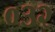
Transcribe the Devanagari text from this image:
०३२